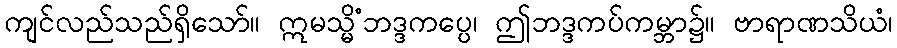
ကျင်လည်သည်ရှိသော်။ ဣမသ္မိံဘဒ္ဒကပ္ပေ၊ ဤဘဒ္ဒကပ်ကမ္ဘာ၌။ ဗာရာဏသိယံ၊